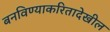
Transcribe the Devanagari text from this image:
बनविण्याकरितादेखील